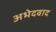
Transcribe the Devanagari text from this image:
अभेदवाद